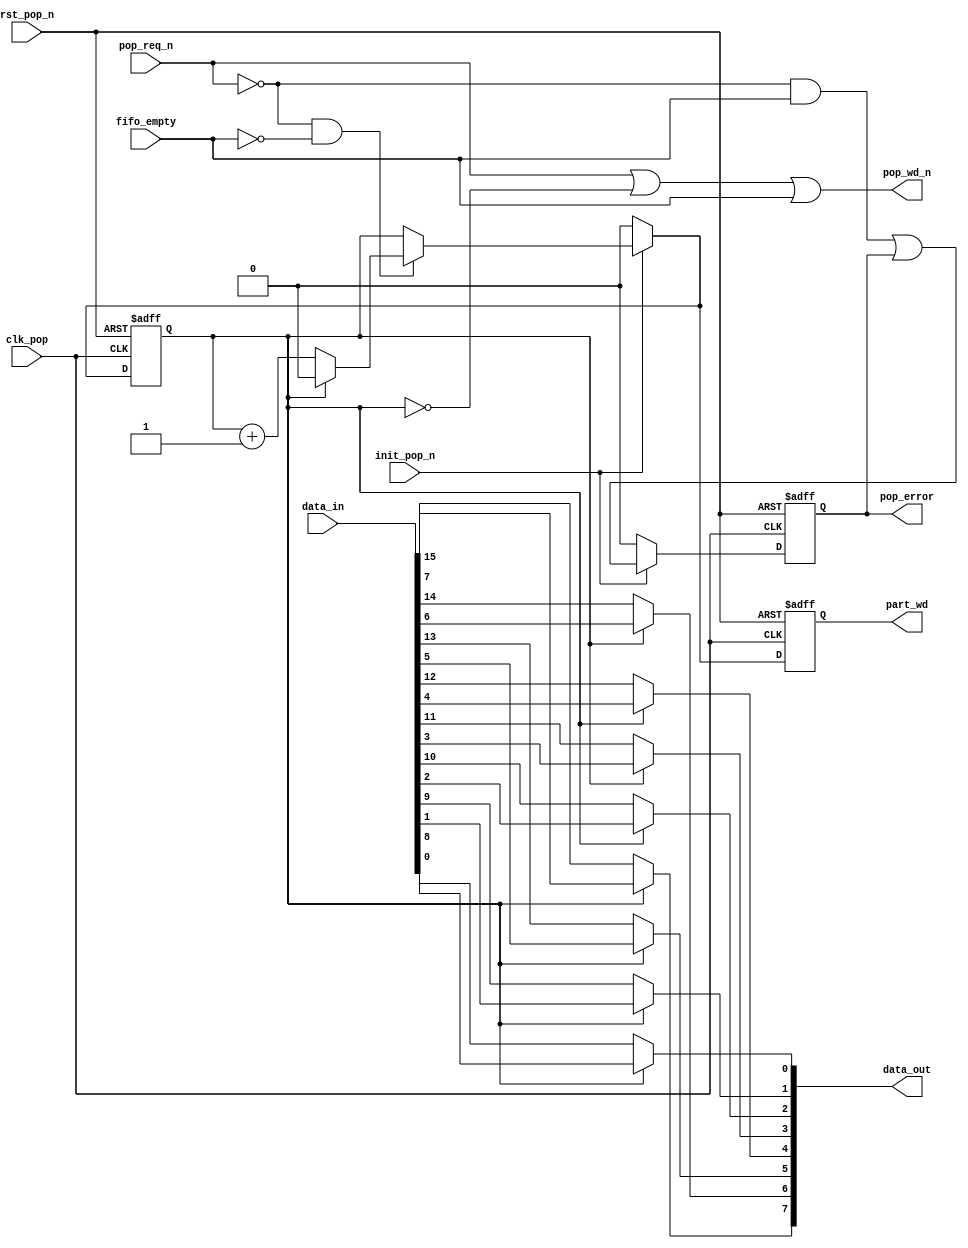

//
////////////////////////////////////////////////////////////////////////////////

////////////////////////////////////////////////////////////////////////////////
//
// ABSTRACT: Asymmetric Data Transfer Output Buffer Synthetic Model
//           Output multiplexer used for asymmetric data transfers when the
//           input data width is greater than and an integer multiple 
//           of the output data width.
//
//		Parameters:	Valid Values
//		==========	============
//              in_width        [ 1 to 256]
//              out_width       [ 1 to 256]
//                  Note: in_width must be greater than
//                        out_width and an integer multiple:
//                        that is, in_width = K * out_width
//              err_mode        [ 0 = sticky error flag,
//                                1 = dynamic error flag ]
//              byte_order      [ 0 = the first byte (or subword) is in MSBs
//                                1 = the first byte  (or subword)is in LSBs ]
//		
//		Input Ports 	Size	Description
//		===========  	====	===========
//		clk_pop	        1 bit	Pop I/F Input Clock
//		rst_pop_n	1 bit	Async. Pop Reset (active low)
//		init_pop_n	1 bit	Sync. Pop Reset (active low)
//              pop_req_n       1 bit   Active Low Pop Request
//              data_in         M bits  Data 'full' word being popped
//              fifo_empty      1 bit   Empty indicator from fifoctl that RAM/FIFO is empty
//
//		Output Ports 	Size	Description
//		============ 	====	===========
//              pop_wd_n        1 bit   Full word for transfered (active low)
//              data_out        N bits  Data subword into RAM or FIFO
//              part_wd         1 bit   Partial word poped flag
//              pop_error       1 bit   Underrun of RAM or FIFO (includes outbuf registers)
//
//		  Note:	M is the value of the parameter in_width
//		       	N is the value of the parameter out_width
//		
//		
// MODIFIED:
//
//              DLL   6-15-11  Enhanced coding style to remove Leda warnings.
//                             Mainly pre-conditioning indexing inside loops and changing
//                             constant conditionaly expressions into generate
//                             blocks.
//
//              DLL   1-10-07  Converted looping variables from global to local
//
////////////////////////////////////////////////////////////////////////////////



module DW_asymdata_outbuf(
	clk_pop,
	rst_pop_n,
	init_pop_n,
	pop_req_n,
	data_in,
        fifo_empty,

	pop_wd_n,
	data_out,
        part_wd,
        pop_error
        // Embedded dc_shell script
        // _model_constraint_1
	);

parameter in_width     = 16; // RANGE 1 to 256
parameter out_width    =  8; // RANGE 1 to 256
parameter err_mode     =  0; // RANGE 0 to 1
parameter byte_order   =  0; // RANGE 0 to 1   
   

input  			clk_pop;	// clk
input  			rst_pop_n;	// active low async reset
input  			init_pop_n;	// active low sync reset
input  			pop_req_n;	// active high pop reqest
input   [in_width-1:0]  data_in;        // data full word
input                   fifo_empty;     // empty indicator from fifoctl that RAM/FIFO is empty

output 			pop_wd_n;	// full data word read
output  [out_width-1:0] data_out;       // data subword
output                  part_wd;        // Partial word poped flag
output                  pop_error;      // Underrun of RAM or FIFO


wire    [out_width-1:0] data_out;


localparam K = (in_width/out_width);
localparam cnt_width  = (((in_width/out_width)>16)?(((in_width/out_width)>64)?(((in_width/out_width)>128)?8:7):(((in_width/out_width)>32)?6:5)):(((in_width/out_width)>4)?(((in_width/out_width)>8)?4:3):(((in_width/out_width)>2)?2:1)));
localparam [cnt_width-1:0] km1 = (in_width/out_width) - 1;

reg   [in_width-1:0]      data_in_int;

reg   [cnt_width-1:0]     cntr;
wire  [cnt_width:0]       next_cntr;

reg                       part_wd;
wire                      next_part_wd;

reg                       pop_error;
wire                      next_pop_error;
wire                      pre_next_pop_error;

wire  [31:0]              one;

// Sized constants
assign one = 1;             // used to increment counter

assign next_cntr  = ((pop_req_n == 1'b0) && !fifo_empty) ?
                      ((cntr == km1) ? 
                        {cnt_width{1'b0}} : 
                        (cntr + one[cnt_width-1:0])) :
	 	      cntr;

generate
  if (cnt_width == 1) begin : GEN_CW1
    assign  next_part_wd  = next_cntr[0];
  end else begin : GEN_CW0
    assign  next_part_wd  = |next_cntr[cnt_width-1:0];
  end
endgenerate

// derive pop_error
assign  pre_next_pop_error  = ~pop_req_n && fifo_empty;
generate
  if (err_mode == 0) begin : GEN_EM0
    assign  next_pop_error = pre_next_pop_error | pop_error;
  end else begin : GEN_EM1
    assign  next_pop_error = pre_next_pop_error;
  end
endgenerate


assign pop_wd_n  = (pop_req_n || (cntr != km1)) || fifo_empty;

generate
  if (byte_order == 0) begin : GEN_BO_EQ_0
    always @(data_in) begin : PROC_DATA_IN_INT
      integer  r_sw, r_b;
      integer  di_int_idx_tmp;
      integer  di_idx_tmp; 
      for (r_sw=0; r_sw<K; r_sw=r_sw+1) begin
        for (r_b=0; r_b<out_width; r_b=r_b+1) begin
          di_int_idx_tmp = (out_width*((K-1)-r_sw))+r_b;
          di_idx_tmp     = (out_width*r_sw)+r_b;

          data_in_int[di_int_idx_tmp] = data_in[di_idx_tmp];

        end  // for-loop of read_bits
      end  // for-loop of read_subwords
    end
  end else begin : GEN_BO_EQ_1
    always @(data_in) begin : PROC_DATA_IN_INT
      integer  r_sw, r_b;
      integer  di_idx_tmp;
      for (r_sw=0; r_sw<K; r_sw=r_sw+1) begin
        for (r_b=0; r_b<out_width; r_b=r_b+1) begin
          di_idx_tmp = (out_width*r_sw)+r_b;

          data_in_int[di_idx_tmp] = data_in[di_idx_tmp];

        end  // for-loop of read_bits
      end  // for-loop of read_subwords
    end
  end
endgenerate


  function [out_width-1:0] func_read_mux ;
    input [out_width*K-1:0]	a;	// input bus
    input [cnt_width-1:0]  	sel;	// select
    reg   [out_width-1:0]	z;
    integer			i, j, k;
    begin
      z = {out_width {1'b0}};
      j = 0;
      k = 0;   // Temporary fix for a Leda issue
      for (i=0 ; i<K ; i=i+1) begin
	if (i == sel) begin
	  for (k=0 ; k<out_width ; k=k+1) begin
	    z[k] = a[j + k];
	  end // for (k
	end // if
	j = j + out_width;
      end // for (i
      func_read_mux  = z;
    end
  endfunction

  assign data_out = func_read_mux ( data_in_int, cntr );



always @(posedge clk_pop or negedge rst_pop_n) begin : outbuf_registers
  if (rst_pop_n == 1'b0) begin
    cntr       <= {cnt_width{1'b0}};
    part_wd    <= 1'b0;
    pop_error  <= 1'b0;
  end else if (init_pop_n == 1'b0) begin
    cntr       <= {cnt_width{1'b0}};
    part_wd    <= 1'b0;
    pop_error  <= 1'b0;
  end else begin
    cntr       <= next_cntr[cnt_width-1:0];
    part_wd    <= next_part_wd;
    pop_error  <= next_pop_error;
  end 
end
endmodule